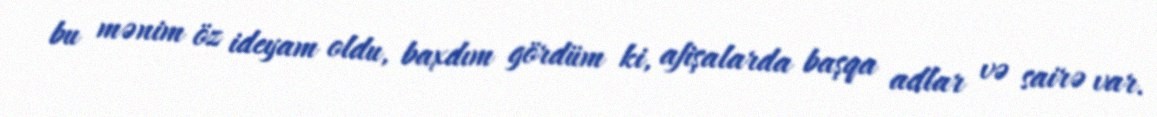
bu mənim öz ideyam oldu, baxdım gördüm ki, afişalarda başqa adlar və sairə var.